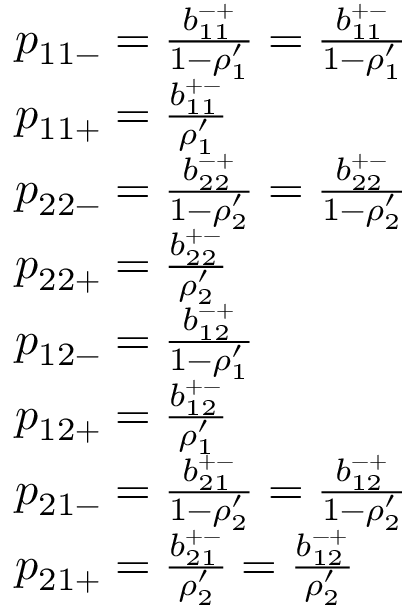
\begin{array} { r l } & { p _ { 1 1 - } = \frac { b _ { 1 1 } ^ { - + } } { 1 - \rho _ { 1 } ^ { \prime } } = \frac { b _ { 1 1 } ^ { + - } } { 1 - \rho _ { 1 } ^ { \prime } } } \\ & { p _ { 1 1 + } = \frac { b _ { 1 1 } ^ { + - } } { \rho _ { 1 } ^ { \prime } } } \\ & { p _ { 2 2 - } = \frac { b _ { 2 2 } ^ { - + } } { 1 - \rho _ { 2 } ^ { \prime } } = \frac { b _ { 2 2 } ^ { + - } } { 1 - \rho _ { 2 } ^ { \prime } } } \\ & { p _ { 2 2 + } = \frac { b _ { 2 2 } ^ { + - } } { \rho _ { 2 } ^ { \prime } } } \\ & { p _ { 1 2 - } = \frac { b _ { 1 2 } ^ { - + } } { 1 - \rho _ { 1 } ^ { \prime } } } \\ & { p _ { 1 2 + } = \frac { b _ { 1 2 } ^ { + - } } { \rho _ { 1 } ^ { \prime } } } \\ & { p _ { 2 1 - } = \frac { b _ { 2 1 } ^ { + - } } { 1 - \rho _ { 2 } ^ { \prime } } = \frac { b _ { 1 2 } ^ { - + } } { 1 - \rho _ { 2 } ^ { \prime } } } \\ & { p _ { 2 1 + } = \frac { b _ { 2 1 } ^ { + - } } { \rho _ { 2 } ^ { \prime } } = \frac { b _ { 1 2 } ^ { - + } } { \rho _ { 2 } ^ { \prime } } } \end{array}